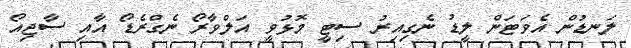
ލަނޑުން އެވަޓަން ލީޑު ނެގިއިރު ސިޓީ މޮޅުވީ އަލްވާރޯ ނެގްރެޑޯ އާއި ސާޖިއޯ